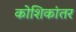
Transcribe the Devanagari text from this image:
कोशिकांतर